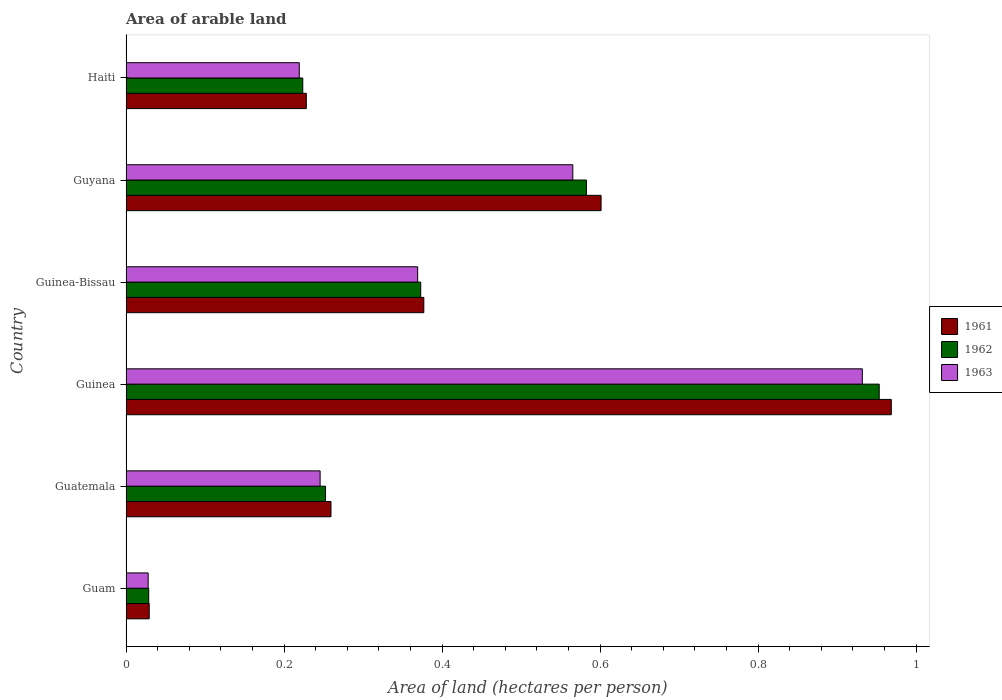
| Country | 1961 | 1962 | 1963 |
 | --- | --- | --- | --- |
 | Guam | 0.0294 | 0.0287 | 0.0281 |
 | Guatemala | 0.259 | 0.252 | 0.246 |
 | Guinea | 0.969 | 0.953 | 0.932 |
 | Guinea-Bissau | 0.377 | 0.373 | 0.369 |
 | Guyana | 0.601 | 0.583 | 0.566 |
 | Haiti | 0.228 | 0.224 | 0.219 |